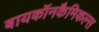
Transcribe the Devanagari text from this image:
बायकॉनकैमिकल्स